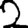
Digit: 2